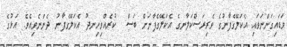
ވަޑައިގަންނަވައި އެކަލޭގެފާނުގެ ވެރިރަސްކަލާނގެ އެކަލޭގެފާނަށް ބަސް  ކުރެއްވިހިނދު އެކަލޭގެފާނު ދެންނެވިއެވެ. އަޅުގެ